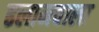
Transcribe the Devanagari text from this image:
ढलानवाला